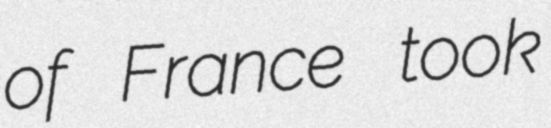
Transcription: of France took